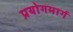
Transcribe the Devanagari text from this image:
प्रयोगमार्ग